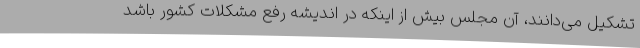
تشکیل می‌دانند، آن مجلس بیش از اینکه در اندیشه رفع مشکلات کشور باشد